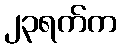
၂၃ရက်က